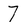
Character: 7